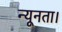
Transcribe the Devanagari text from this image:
न्यूनता।